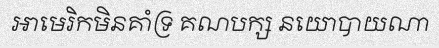
អាមេរិកមិនគាំទ្រ គណបក្ស នយោបាយណា